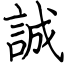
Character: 誠